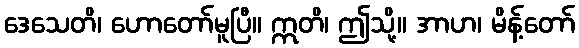
ဒေသေတိ၊ ဟောတော်မူပြီ။ ဣတိ၊ ဤသို့။ အာဟ၊ မိန့်တော်